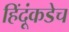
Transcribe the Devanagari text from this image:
हिंदूंकडेच